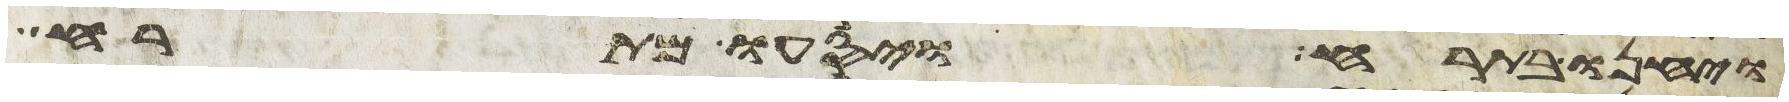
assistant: ויחנו בתרח ויסעו מתרח